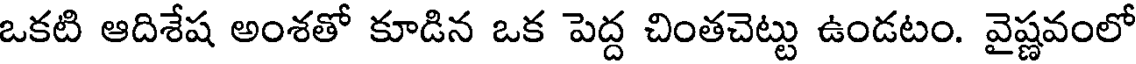
ఒకటి ఆదిశేష అంశతో కూడిన ఒక పెద్ద చింతచెట్టు ఉండటం. వైష్ణవంలో